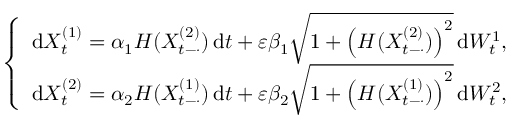
\left\{ \begin{array} { r } { \mathrm { d } X _ { t } ^ { ( 1 ) } = \alpha _ { 1 } H ( X _ { t - \cdot } ^ { ( 2 ) } ) \, \mathrm { d } t + \varepsilon \beta _ { 1 } \sqrt { 1 + \left( H ( X _ { t - \cdot } ^ { ( 2 ) } ) \right) ^ { 2 } } \, \mathrm { d } W _ { t } ^ { 1 } , } \\ { \mathrm { d } X _ { t } ^ { ( 2 ) } = \alpha _ { 2 } H ( X _ { t - \cdot } ^ { ( 1 ) } ) \, \mathrm { d } t + \varepsilon \beta _ { 2 } \sqrt { 1 + \left( H ( X _ { t - \cdot } ^ { ( 1 ) } ) \right) ^ { 2 } } \, \mathrm { d } W _ { t } ^ { 2 } , } \end{array} \right.